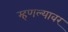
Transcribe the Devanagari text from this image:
म्हणल्यावर